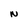
Character: N